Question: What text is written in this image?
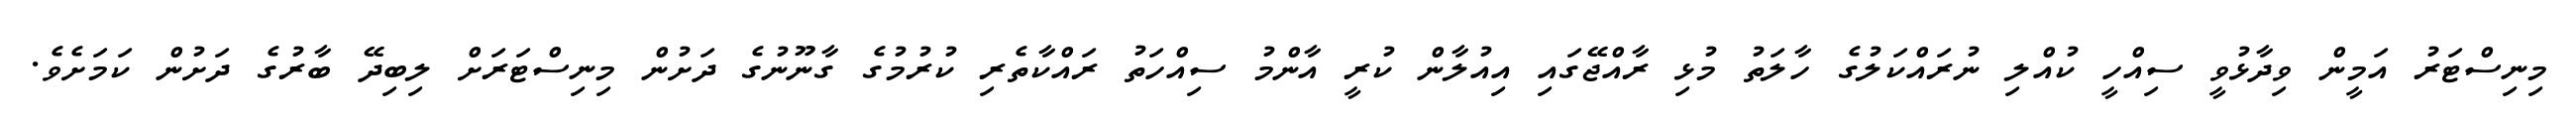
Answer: މިނިސްޓަރު އަމީން ވިދާޅުވީ ސިއްހީ ކުއްލި ނުރައްކަލުގެ ހާލަތު މުޅި ރާއްޖޭގައި އިއުލާން ކުރީ އާންމު ސިއްހަތު ރައްކާތެރި ކުރުމުގެ ގާނޫނުގެ ދަށުން މިނިސްޓަރަށް ލިބިދޭ ބާރުގެ ދަށުން ކަމަށެވެ.